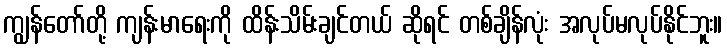
ကျွန်တော်တို့ ကျန်းမာရေးကို ထိန်းသိမ်းချင်တယ် ဆိုရင် တစ်ချိန်လုံး အလုပ်မလုပ်နိုင်ဘူး။